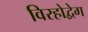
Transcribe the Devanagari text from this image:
विरहोद्वेग